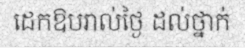
ដេកឱបរាល់ថ្ងៃ ដល់ថ្នាក់